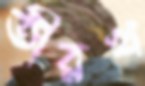
তীরখ